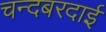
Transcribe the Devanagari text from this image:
चन्दबरदाई